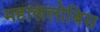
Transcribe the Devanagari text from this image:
महाललोबिस